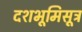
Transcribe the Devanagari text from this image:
दशभूमिसूत्र